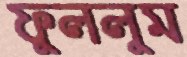
ফুললুম